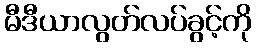
မီဒီယာလွတ်လပ်ခွင့်ကို